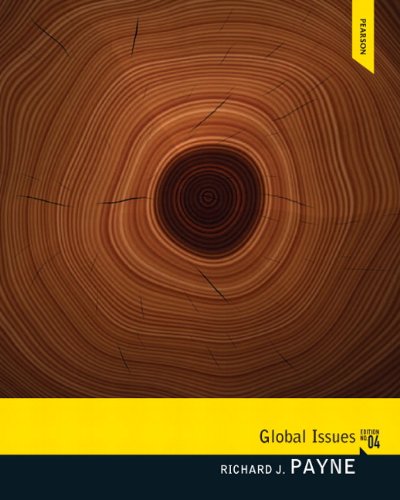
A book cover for Global Issues (4th Edition); Richard J. Payne; Business & Money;